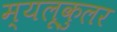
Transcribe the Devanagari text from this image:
म्यलूकुलर